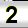
Digit: 2